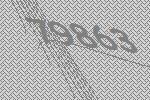
79863